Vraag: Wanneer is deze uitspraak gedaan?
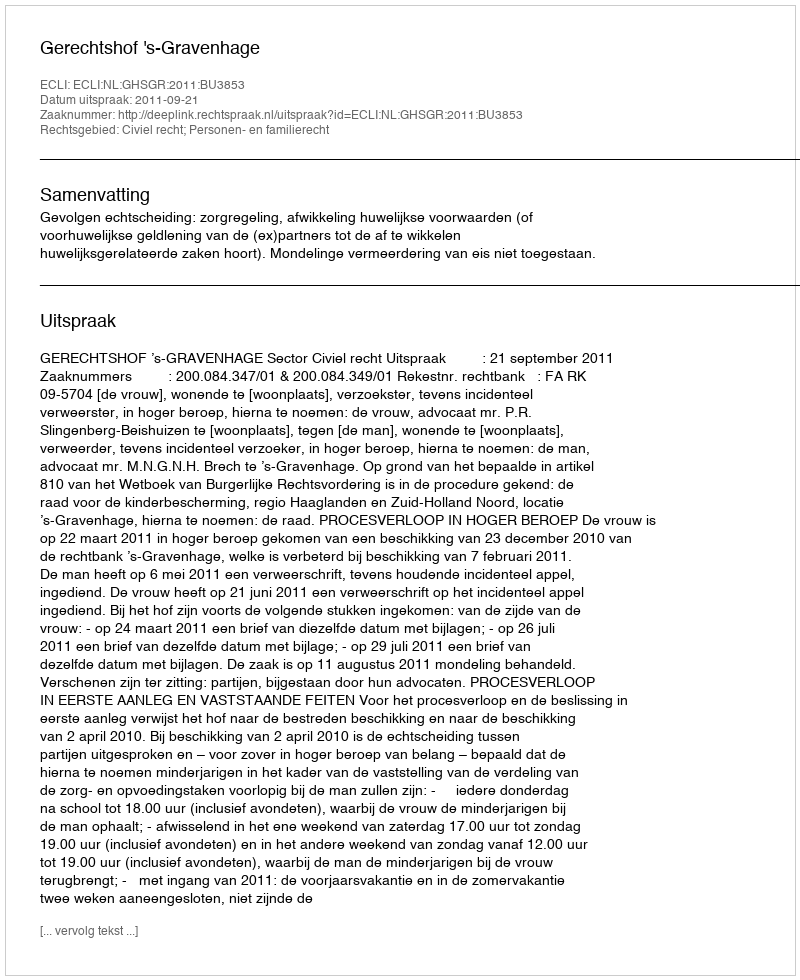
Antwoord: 2011-09-21